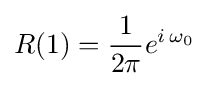
R(1)={\frac {1}{2\pi }}e^{i\,\omega _{0}}